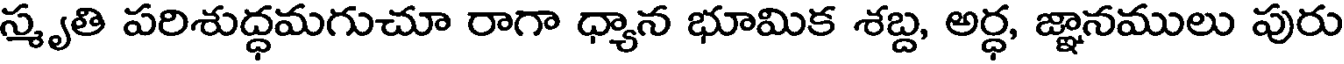
స్మృతి పరిశుద్ధమగుచూ రాగా ధ్యాన భూమిక శబ్ద, అర్ధ, జ్ఞానములు పురు